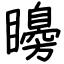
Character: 矏